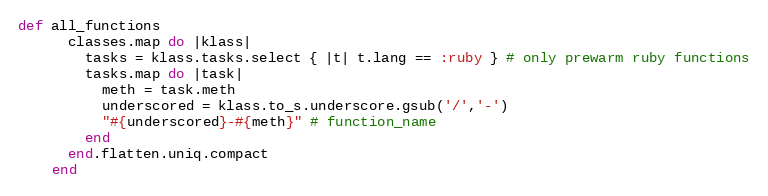
Language: Ruby
def all_functions
      classes.map do |klass|
        tasks = klass.tasks.select { |t| t.lang == :ruby } # only prewarm ruby functions
        tasks.map do |task|
          meth = task.meth
          underscored = klass.to_s.underscore.gsub('/','-')
          "#{underscored}-#{meth}" # function_name
        end
      end.flatten.uniq.compact
    end